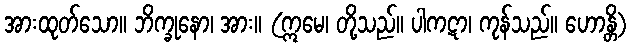
အားထုတ်သော။ ဘိက္ခုနော၊ အား။ (ဣမေ၊ တို့သည်။ ပါကဋာ၊ ကုန်သည်။ ဟောန္တိ)